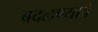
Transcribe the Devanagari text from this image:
बदलण्याचें